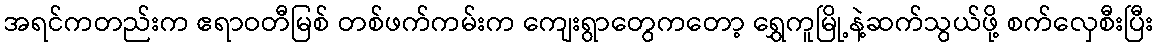
အရင်ကတည်းက ဧရာဝတီမြစ် တစ်ဖက်ကမ်းက ကျေးရွာတွေကတော့ ရွှေကူမြို့နဲ့ဆက်သွယ်ဖို့ စက်လှေစီးပြီး